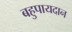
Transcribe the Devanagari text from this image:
बहुपायदान